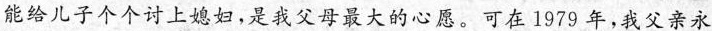
能给儿子个个讨上媳妇，是我父母最大的心愿。可在1979 年，我父亲永